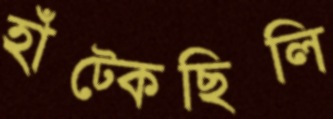
হাঁট্‌কেছিলি